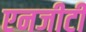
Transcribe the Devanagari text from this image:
एनजीटी